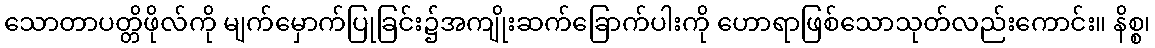
သောတာပတ္တိဖိုလ်ကို မျက်မှောက်ပြုခြင်း၌အကျိုးဆက်ခြောက်ပါးကို ဟောရာဖြစ်သောသုတ်လည်းကောင်း။ နိစ္စ၊